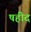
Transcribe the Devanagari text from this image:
षहीद